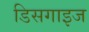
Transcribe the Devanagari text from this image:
डिसगाइज